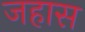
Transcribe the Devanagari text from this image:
जहास